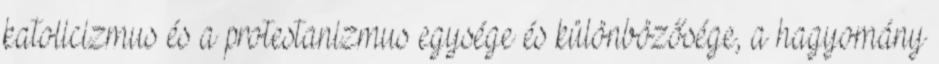
katolicizmus és a protestanizmus egysége és különbözősége, a hagyomány